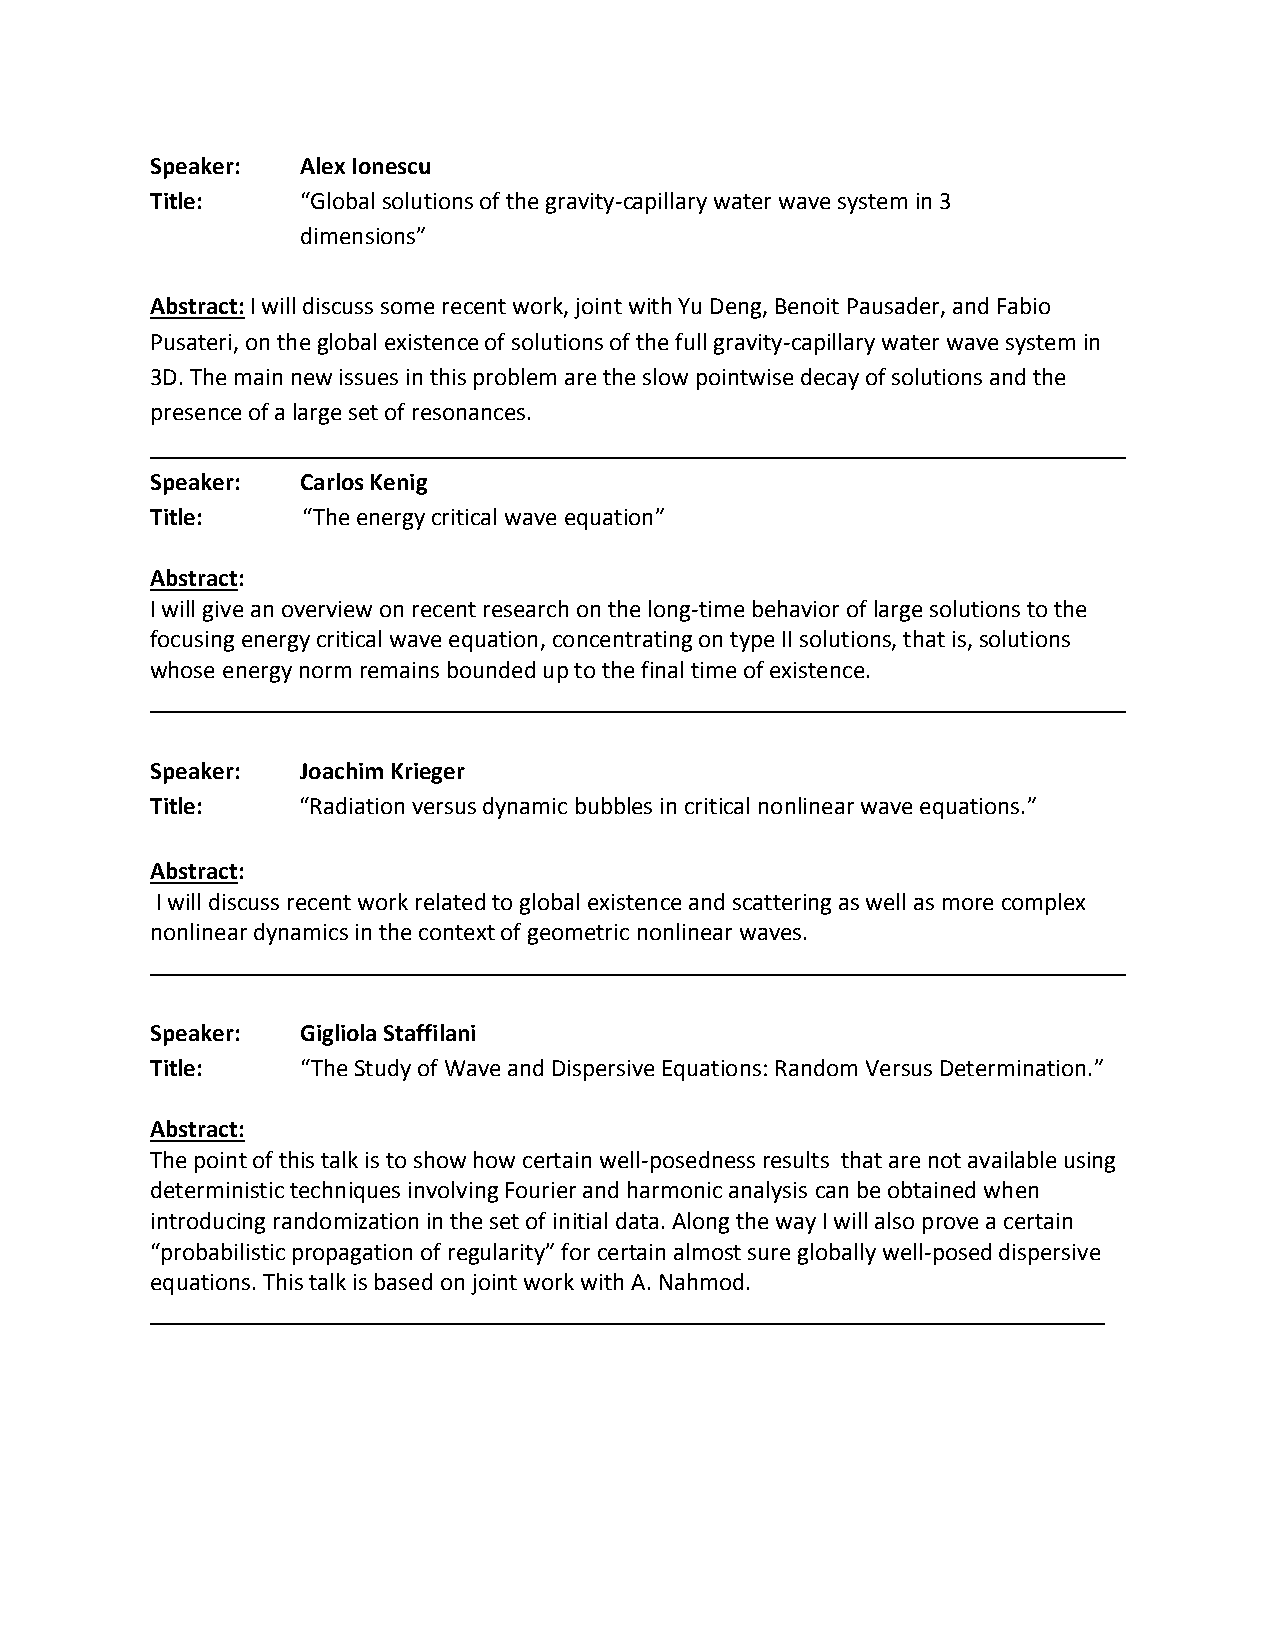
Speaker:  Alex Ionescu
 Title:    “Global solutions of the gravity-capillary water wave system in 3
 dimensions”
 Abstract: I will discuss some recent work, joint with Yu Deng, Benoit Pausader, and Fabio
 Pusateri, on the global existence of solutions of the full gravity-capillary water wave system in
 3D. The main new issues in this problem are the slow pointwise decay of solutions and the
 presence of a large set of resonances.
 Speaker:  Carlos Kenig
 Title:    “The energy critical wave equation”
 Abstract:
 I will give an overview on recent research on the long-time behavior of large solutions to the
 focusing energy critical wave equation, concentrating on type II solutions, that is, solutions
 whose energy norm remains bounded up to the final time of existence.
 Speaker:  Joachim Krieger
 Title:    “Radiation versus dynamic bubbles in critical nonlinear wave equations.”
 Abstract:
 I will discuss recent work related to global existence and scattering as well as more complex
 nonlinear dynamics in the context of geometric nonlinear waves.
 Speaker:  Gigliola Staffilani
 Title:    “The Study of Wave and Dispersive Equations: Random Versus Determination.”
 Abstract:
 The point of this talk is to show how certain well-posedness results that are not available using
 deterministic techniques involving Fourier and harmonic analysis can be obtained when
 introducing randomization in the set of initial data. Along the way I will also prove a certain
 “probabilistic propagation of regularity” for certain almost sure globally well-posed dispersive
 equations. This talk is based on joint work with A. Nahmod.